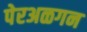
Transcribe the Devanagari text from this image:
पेरअळगन